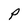
Character: P